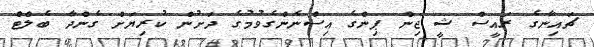
ޗައިނާގެ ރައީސް ޝީ ޖިން ޕިންގެ އިސްނެންގެވުމުގެ ދަށުން ކުރިޔަށް ގެންދާ ބެލްޓް